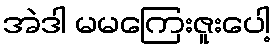
အဲဒါ မမကြေးဇူးပေါ့